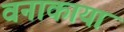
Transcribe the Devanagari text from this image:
वनाकाया